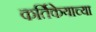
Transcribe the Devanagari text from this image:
कर्तिकेयाच्या